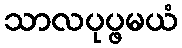
သာလပုပ္ဖမယံ